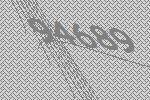
94689